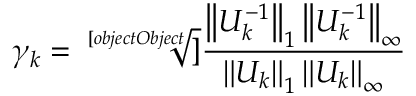
\gamma _ { k } = { \sqrt [ [object Object] ] { \frac { \left\| U _ { k } ^ { - 1 } \right\| _ { 1 } \left\| U _ { k } ^ { - 1 } \right\| _ { \infty } } { \left\| U _ { k } \right\| _ { 1 } \left\| U _ { k } \right\| _ { \infty } } } }